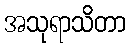
အသုရာသိတာ